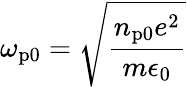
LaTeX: \omega_{\mathrm{p0}}=\sqrt{\frac{n_{\mathrm{p0}}e^{2}}{m\epsilon_{0}}}